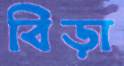
বিড়া